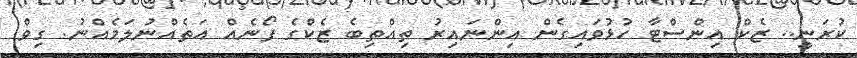
ކުރަނީ.. ޒެކް އިންސްޓާ ހުޅުވައިގެން އިންނައިރު ތިއްތިބެ ޒެކްގެ ފޯނެއް އަތެއްނުލަމެއްނު. ގިވް